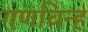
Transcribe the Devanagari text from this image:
गणचिन्ह